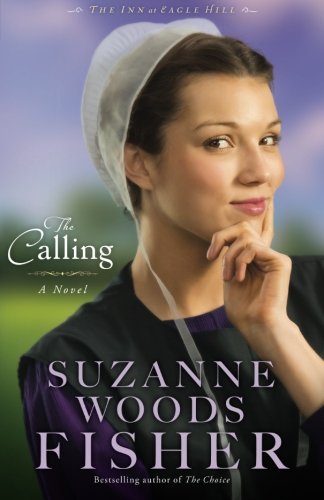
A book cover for The Calling: A Novel (The Inn at Eagle Hill) (Volume 2); Suzanne Woods Fisher; Romance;